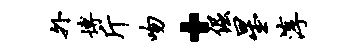
外博斤吻·倔星淳